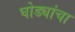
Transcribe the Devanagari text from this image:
घोड्यांचा